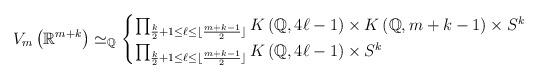
LaTeX: \begin{align*}V_m\left(\mathbb{R}^{m+k}\right)\simeq_{\mathbb{Q}}\begin{cases}\prod_{\frac{k}{2}+1\leq\ell\leq \lfloor\frac{m+k-1}{2}\rfloor}K\left(\mathbb{Q},4\ell-1\right)\times K\left(\mathbb{Q},m+k-1\right)\times S^k \\\prod_{\frac{k}{2}+1\leq\ell\leq \lfloor\frac{m+k-1}{2}\rfloor}K\left(\mathbb{Q},4\ell-1\right)\times S^k \end{cases}\end{align*}